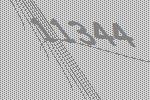
11344